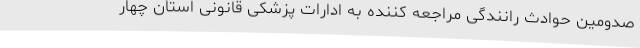
صدومین حوادث رانندگی مراجعه کننده به ادارات پزشکی قانونی استان چهار